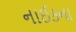
નાઈકના